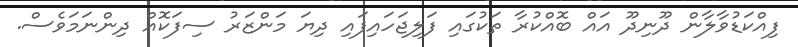
ފިއްކަޑުވާލާން ދޫނިދޫ އައް ބޮއްކުރާ ތަކުގައި ފަލިޖަހައިފައި ދިޔަ މަންޒަރު ސިފަކޮއް ދިންނަމަވެސް.